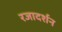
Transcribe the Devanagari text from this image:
रजादर्शन